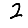
Digit: 2